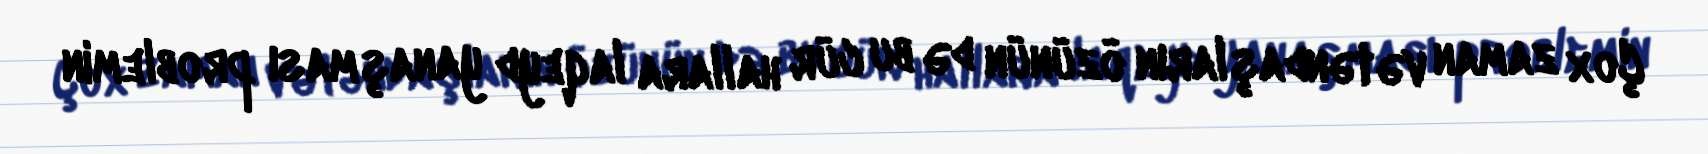
Çox zaman vətəndaşların özünün də bu cür hallara laqeyd yanaşması problemin